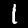
Digit: 1